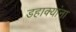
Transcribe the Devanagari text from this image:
डहाक्यांना